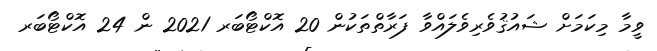
ވީމާ މިކަމަށް ޝައުޤުވެރިވެލައްވާ ފަރާތްތަކުން 20 އޮކްޓޯބަރ 2021 ން 24 އޮކްޓޯބަރ